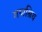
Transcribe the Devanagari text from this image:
गणश्रिय